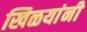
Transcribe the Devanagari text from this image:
खिळयांनी